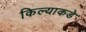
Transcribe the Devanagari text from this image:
किल्याकडे